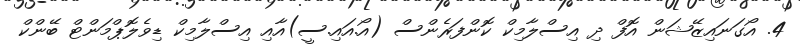
4. އޯގަނައިޒޭޝަން އޮފް ދި އިސްލާމިކް ކޮންފަރެންސް (އޯ.އައި.ސީ)އާއި އިސްލާމިކް ޑިވެލޮޕްމަންޓް ބޭންކް